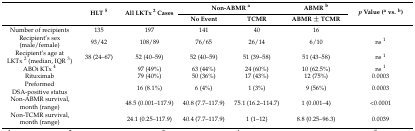
<table><thead><tr><td></td><td rowspan="2"><b>HLT <sup>5</sup></b></td><td rowspan="2"><b>All LKTx <sup>2</sup> Cases</b></td><td colspan="2"><b>Non-ABMR <sup>a</sup></b></td><td><b>ABMR <sup>b</sup></b></td><td rowspan="2"><b><i>p</i> Value (<sup>a</sup> vs. <sup>b</sup>)</b></td></tr><tr><td></td><td><b>No Event</b></td><td><b>TCMR</b></td><td><b>ABMR ± TCMR</b></td></tr></thead><tbody><tr><td>Number of recipients</td><td>135</td><td>197</td><td>141</td><td>40</td><td>16</td><td></td></tr><tr><td>Recipient’s sex (male/female)</td><td>93/42</td><td>108/89</td><td>76/65</td><td>26/14</td><td>6/10</td><td>ns <sup>1</sup></td></tr><tr><td>Recipient’s age at LKTx <sup>2</sup> (median, IQR <sup>3</sup>)</td><td>38 (24–67)</td><td>52 (40–59)</td><td>52 (40–59)</td><td>51 (39–58)</td><td>51 (43–58)</td><td>ns <sup>1</sup></td></tr><tr><td>ABOi KTx <sup>4</sup></td><td></td><td>97 (49%)</td><td>63 (44%)</td><td>24 (60%)</td><td>10 (62.5%)</td><td>ns <sup>1</sup></td></tr><tr><td>Rituximab</td><td></td><td>79 (40%)</td><td>50 (36%)</td><td>17 (43%)</td><td>12 (75%)</td><td>0.0003</td></tr><tr><td>Preformed DSA-positive status</td><td></td><td>16 (8.1%)</td><td>6 (4%)</td><td>1 (3%)</td><td>9 (56%)</td><td>0.0003</td></tr><tr><td>Non-ABMR survival, month (range)</td><td></td><td>48.5 (0.001–117.9)</td><td>40.8 (7.7–117.9)</td><td>75.1 (16.2–114.7)</td><td>1 (0.001–4)</td><td>&lt;0.0001</td></tr><tr><td>Non-TCMR survival, month (range)</td><td></td><td>24.1 (0.25–117.9)</td><td>40.4 (7.7–117.9)</td><td>1 (1–12)</td><td>8.8 (0.25–96.3)</td><td>0.0039</td></tr></tbody></table>